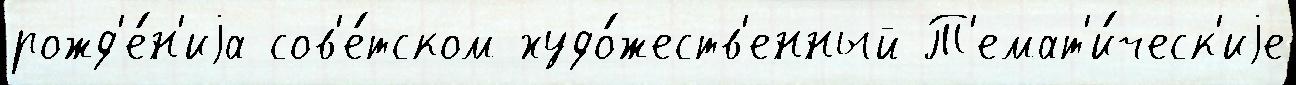
рожд'е́н'иjа сов'е́тском худо́жеств'енный Т'емат'и́ческ'иjе